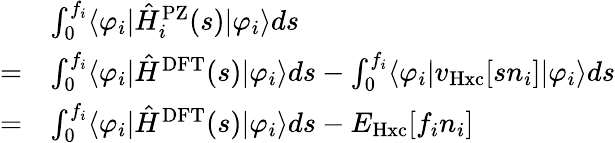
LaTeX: \begin{array}{rl}&{\int_{0}^{f_{i}}\langle\varphi_{i}|\hat{H}_{i}^{\mathrm{PZ}}(s)|\varphi_{i}\rangle ds}\\ {=}&{\int_{0}^{f_{i}}\langle\varphi_{i}|\hat{H}^{\mathrm{DFT}}(s)|\varphi_{i}\rangle ds-\int_{0}^{f_{i}}\langle\varphi_{i}|v_{\mathrm{Hxc}}[sn_{i}]|\varphi_{i}\rangle ds}\\ {=}&{\int_{0}^{f_{i}}\langle\varphi_{i}|\hat{H}^{\mathrm{DFT}}(s)|\varphi_{i}\rangle ds-E_{\mathrm{Hxc}}[f_{i}n_{i}]}\end{array}